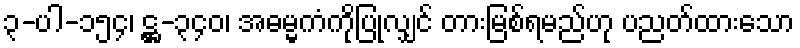
၃-ပါ-၁၅၄၊ ဋ္ဌ-၃၄၀၊ အဓမ္မကံကိုပြုလျှင် တားမြစ်ရမည်ဟု ပညတ်ထားသော